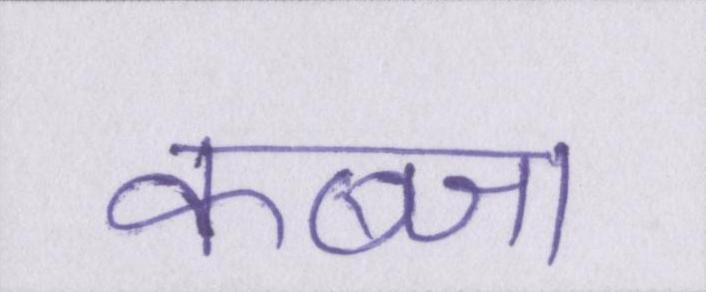
कब्जा